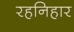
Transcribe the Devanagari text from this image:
रहनिहार